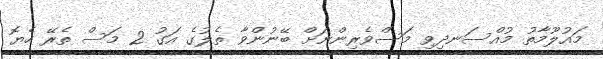
މައުލޫމާތު މުއްސަނދިވި މަސްވެރިންނަށް ބޭނުންވާ ތެލުގެ އަގު 2 މަސް ތެރޭ ހެޔޮ